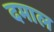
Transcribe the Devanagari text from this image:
दमाल